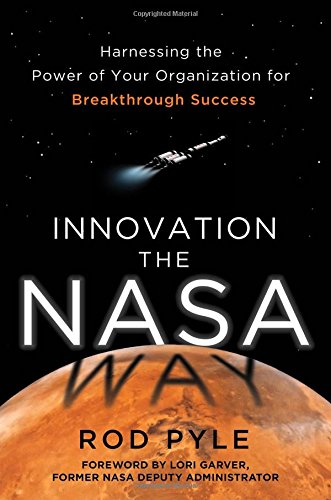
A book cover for Innovation the NASA Way: Harnessing the Power of Your Organization for Breakthrough Success; Rod Pyle ; Business & Money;